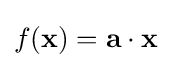
f({\textbf {x}})={\textbf {a}}\cdot {\textbf {x}}